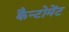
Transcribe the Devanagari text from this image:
कैन्‍टोमेंट